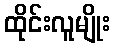
ထိုင်းလူမျိုး